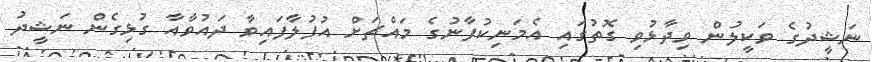
ނަޝީދުގެ ވަކީލުން ވިދާޅުވި ގޮތުގައި އެމަނިކުފާނުގެ މައްޗަށް އުފުލާފައިވާ ދައުވާއާ ގުޅިގެން ނަޝީދު